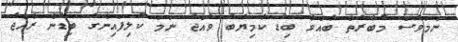
ނަމަވެސް މުބާރާތް ބާއްވާ ބިޑު ކާމިޔާބު ވެއްޖެ ނަމަ ކޮލިފައިންގެ ބިޑުން ރާއްޖެ